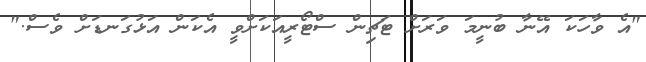
"އެ ވާހަކަ އޭނާ ބުނީމަ ވަރަށް ޓަޗިން ސްޓޯރީއަކަށްވީ އެކަން އަޅުގަނޑަށް ވެސް."